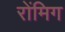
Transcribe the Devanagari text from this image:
रोंमिग